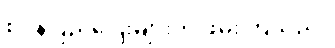
စပိန်ပြည်ပြေးများကို ဖမ်းကြသည်။